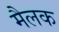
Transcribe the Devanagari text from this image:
मैलक